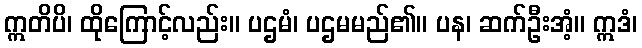
ဣတိပိ၊ ထိုကြောင့်လည်း။ ပဌမံ၊ ပဌမမည်၏။ ပန၊ ဆက်ဦးအံ့။ ဣဒံ၊